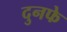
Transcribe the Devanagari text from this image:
दुनफे